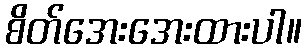
စိတ်အေးအေးထားပါ။